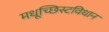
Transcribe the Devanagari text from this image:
मधूच्छिस्टविधान